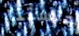
جلستنا